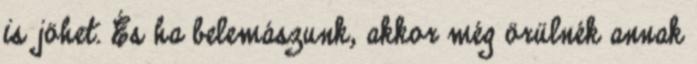
is jöhet. És ha belemászunk, akkor még örülnék annak